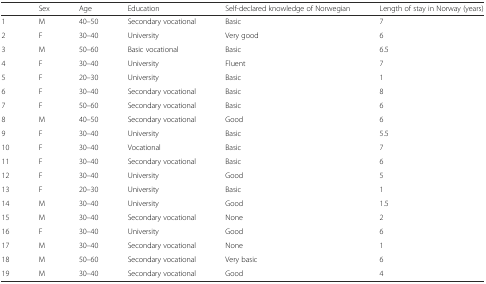
<table><thead><tr><td></td><td><b>Sex</b></td><td><b>Age</b></td><td><b>Education</b></td><td><b>Self-declared knowledge of Norwegian</b></td><td><b>Length of stay in Norway (years)</b></td></tr></thead><tbody><tr><td>1</td><td>M</td><td>40–50</td><td>Secondary vocational</td><td>Basic</td><td>7</td></tr><tr><td>2</td><td>F</td><td>30–40</td><td>University</td><td>Very good</td><td>6</td></tr><tr><td>3</td><td>M</td><td>50–60</td><td>Basic vocational</td><td>Basic</td><td>6.5</td></tr><tr><td>4</td><td>F</td><td>30–40</td><td>University</td><td>Fluent</td><td>7</td></tr><tr><td>5</td><td>F</td><td>20–30</td><td>University</td><td>Basic</td><td>1</td></tr><tr><td>6</td><td>F</td><td>30–40</td><td>Secondary vocational</td><td>Basic</td><td>8</td></tr><tr><td>7</td><td>F</td><td>50–60</td><td>Secondary vocational</td><td>Basic</td><td>6</td></tr><tr><td>8</td><td>M</td><td>40–50</td><td>Secondary vocational</td><td>Good</td><td>6</td></tr><tr><td>9</td><td>F</td><td>30–40</td><td>University</td><td>Basic</td><td>5.5</td></tr><tr><td>10</td><td>F</td><td>30–40</td><td>Vocational</td><td>Basic</td><td>7</td></tr><tr><td>11</td><td>F</td><td>30–40</td><td>Secondary vocational</td><td>Basic</td><td>6</td></tr><tr><td>12</td><td>F</td><td>30–40</td><td>University</td><td>Good</td><td>5</td></tr><tr><td>13</td><td>F</td><td>20–30</td><td>University</td><td>Basic</td><td>1</td></tr><tr><td>14</td><td>M</td><td>30–40</td><td>University</td><td>Good</td><td>1.5</td></tr><tr><td>15</td><td>M</td><td>30–40</td><td>Secondary vocational</td><td>None</td><td>2</td></tr><tr><td>16</td><td>F</td><td>30–40</td><td>University</td><td>Good</td><td>6</td></tr><tr><td>17</td><td>M</td><td>30–40</td><td>Secondary vocational</td><td>None</td><td>1</td></tr><tr><td>18</td><td>M</td><td>50–60</td><td>Secondary vocational</td><td>Very basic</td><td>6</td></tr><tr><td>19</td><td>M</td><td>30–40</td><td>Secondary vocational</td><td>Good</td><td>4</td></tr></tbody></table>